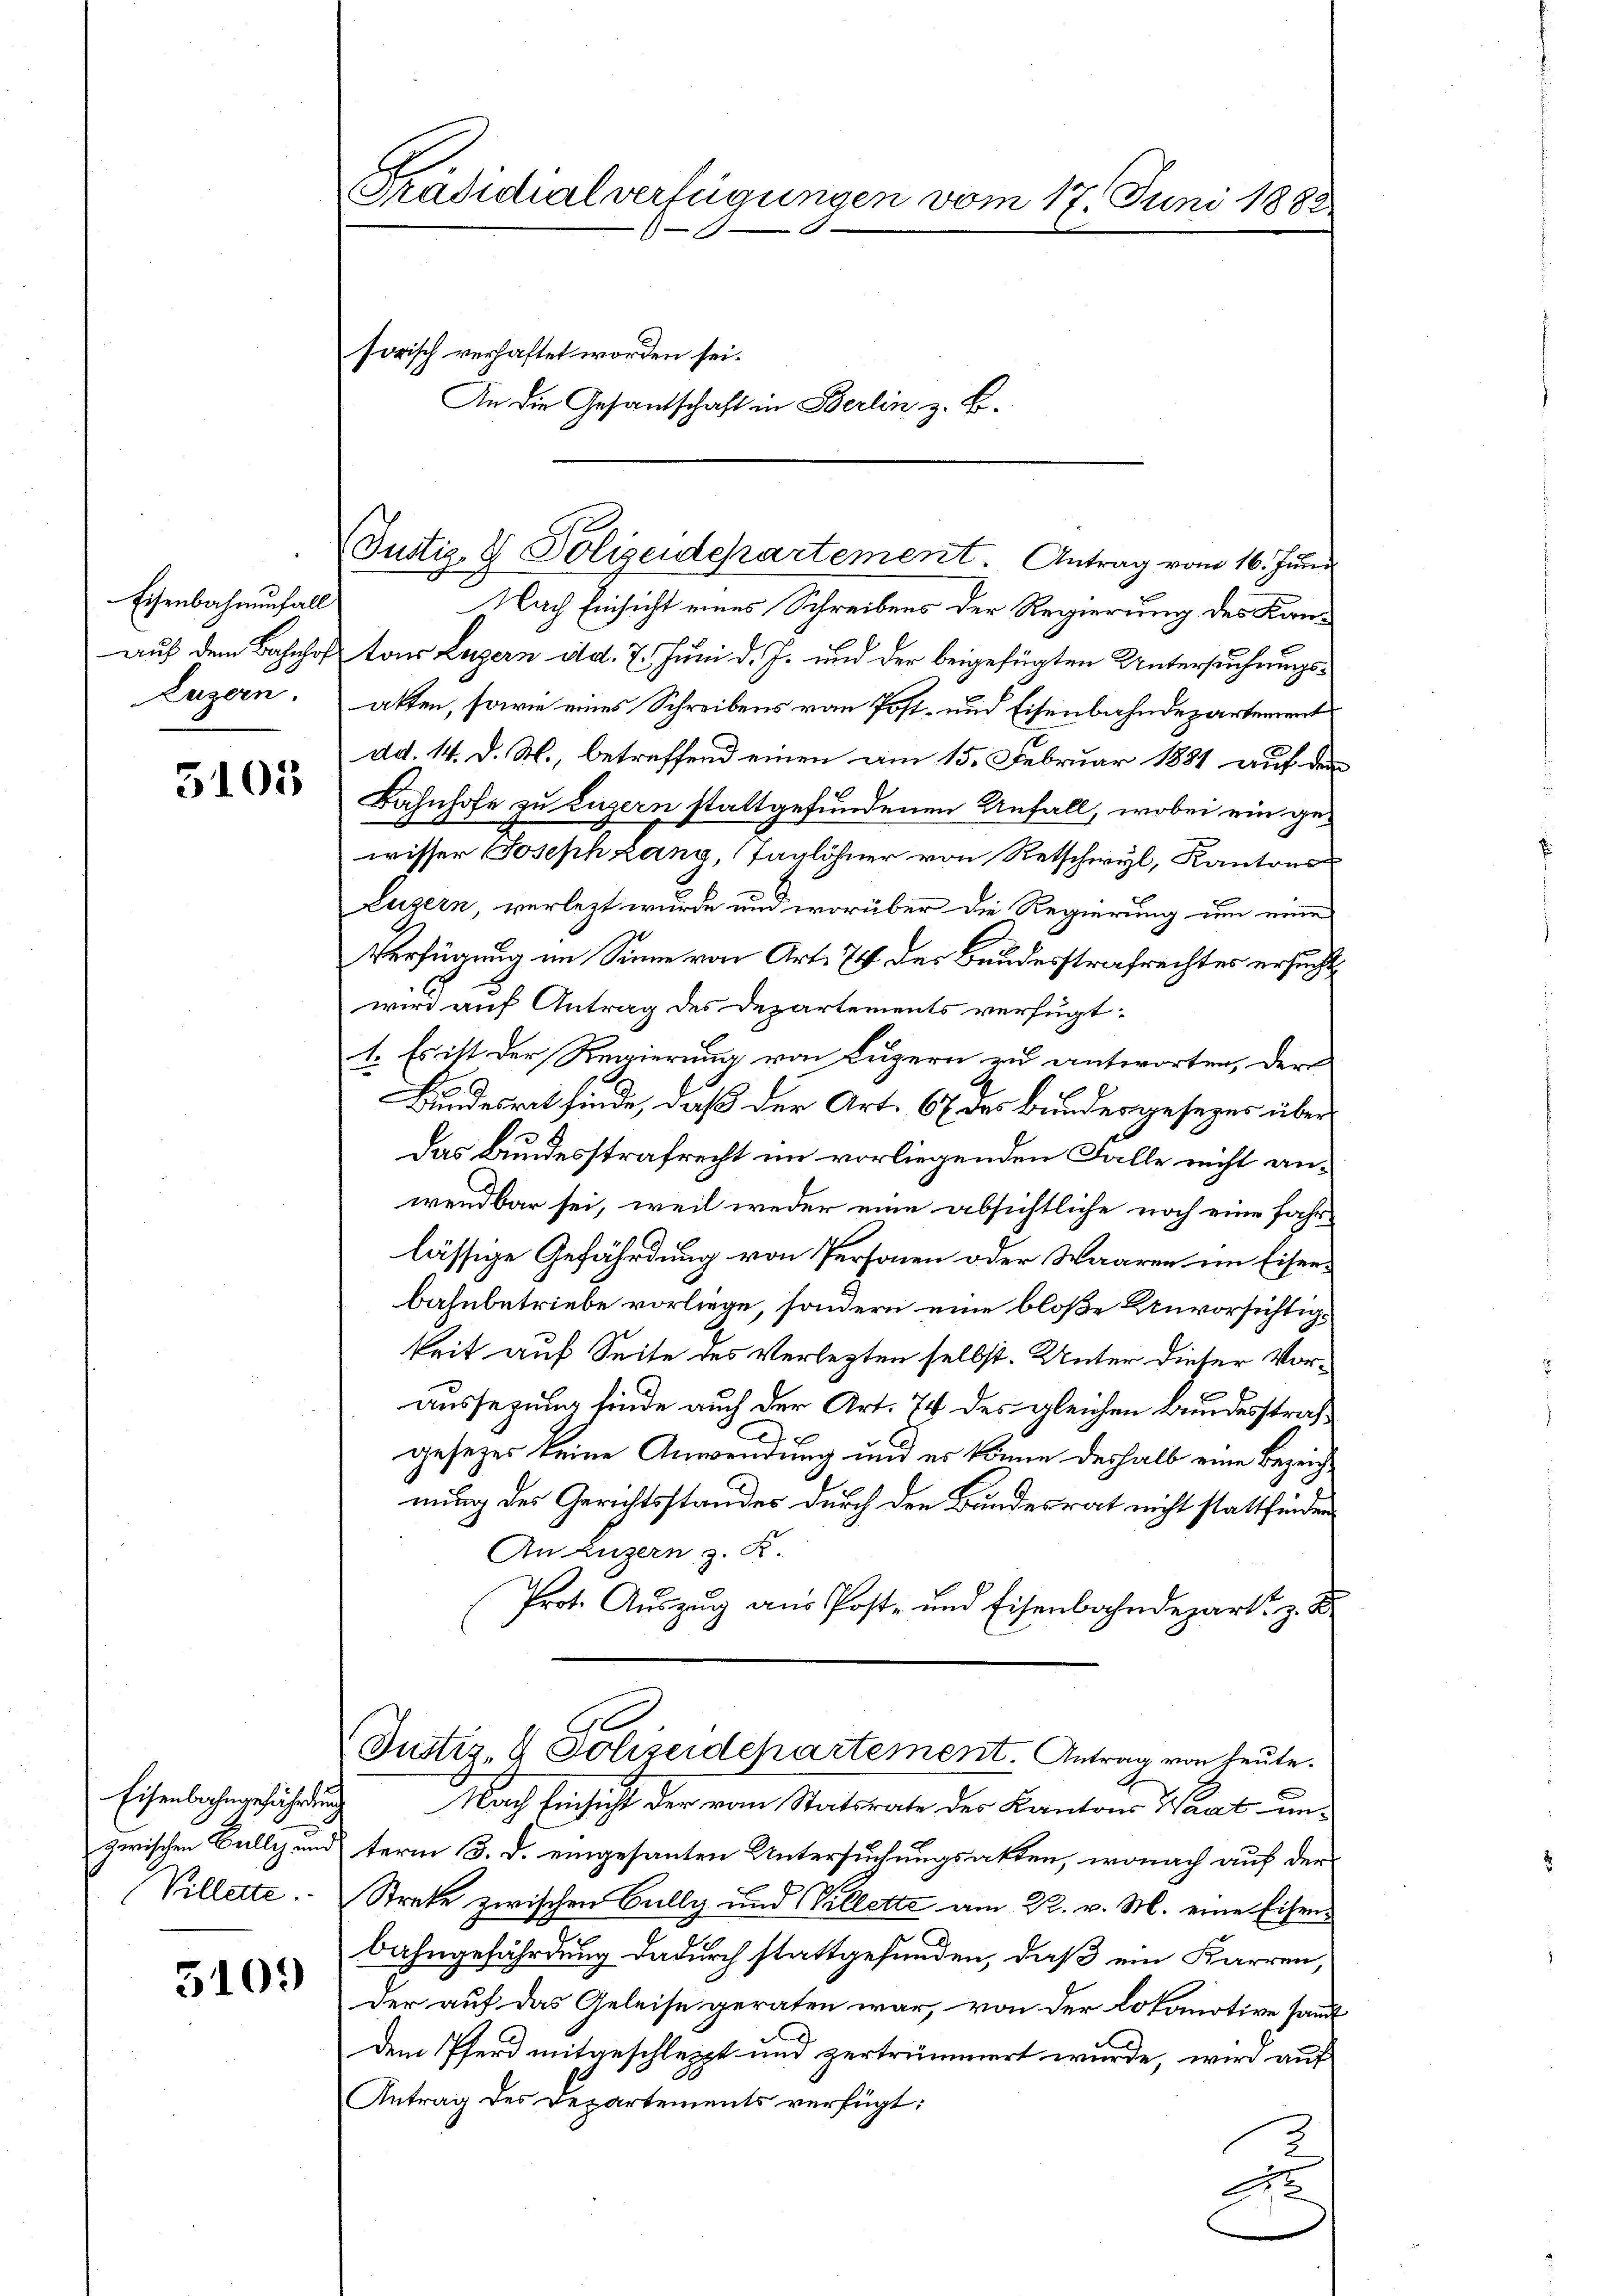
Eisenbahnenfall
Luzern.

5101

Eisenbahngefährdung
zwischen Baillig und
Villette.

510.

Präsidialverfügungen vom 17. Juni 1882.
sorisch verhaftet worden sei.
An die Gesandschaft in Berlin z. B.

Justiz- & Polizeidepartement. Antrag vom 16. Jun.
Nach Einsicht eines Schreibens der Regierung des Kanauf dem Bahnhof von Luzern d. 7. Juni d. Js. und der beigefügten Untersucherungsatten, sowie eines Schreibens von Post- und Eisenbahndepartement
dd. 14. d. M., betreffend einen am 15. Februar 1881 auf die
Bahnhofe zu Luzern stattgefundenen Unfall, wobei ein gewisser Joseph Lang, (Taglöhner von Retschwyl, Kantons
Luzern, verlezt wurde und worüber die Regierung um eine
Verfügung im Sinne von Art. 74 des Bundesstrafrechtes ersuchwird auf Antrag des Departements verfügt:
1. Es ist der Regierung von Luzern zu antworten, der
Bundesrat finde, daß der Art. 67 des Bundersgesezes über
das Bundesstrafrecht im vorliegenden Falle nicht anwendbar sei, weil weder eine absichtliche noch eine fahr
lässige Gefährdung von Personen oder Waaren im Eiserbahnbetriebe vorliege, sondern eine bloße Unvorsichtigkeit auf Seite des Verletzten selbst. Unter dieser Vor¬
Aussezung finde auch der Art. 74 des gleichen Bundesstrafgesezes keine Anwendung und es könne deshalb eine Bezeig
nung des Gerichtsstandes durch den Bundesrat nicht stattfinden
An Luzern z. B.
Prot. Auszug aus Post- und Eisenbahndepart, z. B.
Justiz- & Polizeidepartement. Antrag von heute.
Nach Einsicht der vom Statsrate des Kantons Waat unterm 3. d. eingesanten Untersuchungsakten, wonach auf der
Streke zwischen Bully und Villette am 22. v. M. eine Eisenbahngefährdung dadurch stattgefunden, daß ein Karren,
der auf das Geleise geraten war, von der Lokomotive samm
dem Pferd mitgeschleppt und zertrümmert wurde, wird auf
Antrag des Departements verfügt:
E